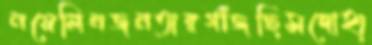
নয়েলিনজনতারগাঁজছিসদোহা